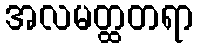
အလမတ္ထတရာ